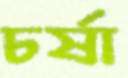
চর্ষা